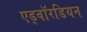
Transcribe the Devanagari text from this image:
एड्वॉरडियन